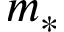
m _ { * }